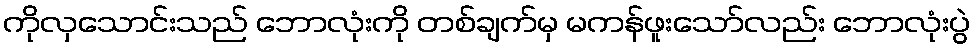
ကိုလှသောင်းသည် ဘောလုံးကို တစ်ချက်မှ မကန်ဖူးသော်လည်း ဘောလုံးပွဲ